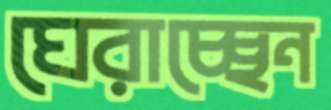
ঘেরাচ্ছেন